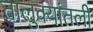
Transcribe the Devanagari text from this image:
तालुक्यांतली